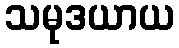
သမုဒယာယ